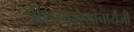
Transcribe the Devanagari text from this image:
श्रीरामनरेशाचार्यजी